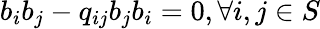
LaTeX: b_{i}b_{j}-q_{ij}b_{j}b_{i}=0,\forall i,j\in S